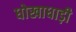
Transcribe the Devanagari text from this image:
धोखाधाड़ी